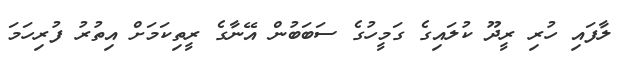
ލާފައި ހުރި ރީދޫ ކުލައިގެ ގަމީހުގެ ސަބަބުން އޭނާގެ ރީތިކަމަށް އިތުރު ފުރިހަމަ